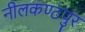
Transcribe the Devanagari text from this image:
नीलकण्ठपुर